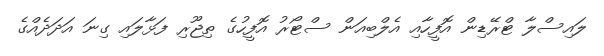
ލައިސްލާ ޓްރޭޑިން އޮފީހާއި އެލްބިއަން ސްޓޯރު އޮފީހުގެ ތިޖޫރި ފަޅާލައި ގިނަ އަދަދެއްގެ